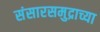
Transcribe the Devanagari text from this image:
संसारसमुद्राच्या